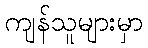
ကျန်သူများမှာ